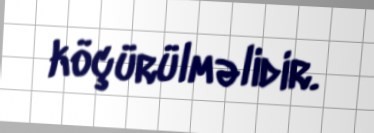
köçürülməlidir.